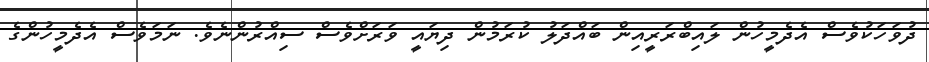
ދުވަހަކުވެސް އެދެމީހުން ލައިބްރަރީއިން ބައްދަލު ކުރަމުން ދިޔައީ ވަރަށްވެސް ސިއްރުންނެވެ. ނަމަވެސް އެދެމީހުންގެ